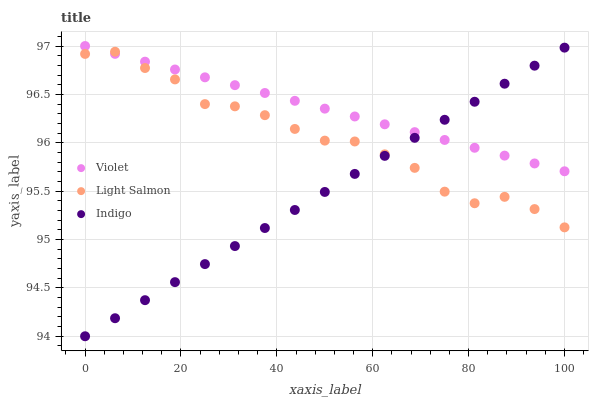
| xaxis_label | Violet | Light Salmon | Indigo |
 | --- | --- | --- | --- |
 | 0 | 97 | 96.9 | 94 |
 | 6.25 | 96.9 | 96.9 | 94.2 |
 | 12.5 | 96.8 | 96.8 | 94.4 |
 | 18.8 | 96.8 | 96.7 | 94.6 |
 | 25 | 96.7 | 96.4 | 94.7 |
 | 31.2 | 96.6 | 96.4 | 94.9 |
 | 37.5 | 96.5 | 96.3 | 95.1 |
 | 43.8 | 96.4 | 96.1 | 95.3 |
 | 50 | 96.4 | 96 | 95.5 |
 | 56.2 | 96.3 | 96 | 95.7 |
 | 62.5 | 96.2 | 95.9 | 95.9 |
 | 68.8 | 96.1 | 95.7 | 96.1 |
 | 75 | 96 | 95.5 | 96.2 |
 | 81.2 | 95.9 | 95.4 | 96.4 |
 | 87.5 | 95.9 | 95.4 | 96.6 |
 | 93.8 | 95.8 | 95.3 | 96.8 |
 | 100 | 95.7 | 95.1 | 97 |